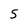
Character: 5